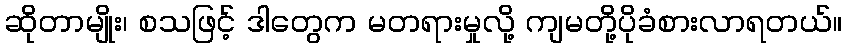
ဆိုတာမျိုး၊ စသဖြင့် ဒါတွေက မတရားမှုလို့ ကျမတို့ပိုခံစားလာရတယ်။